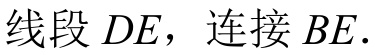
线段\(DE\)，连接\(BE\).